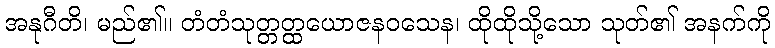
အနုဂီတိ၊ မည်၏။ တံတံသုတ္တတ္ထယောဇနဝသေန၊ ထိုထိုသို့သော သုတ်၏ အနက်ကို